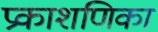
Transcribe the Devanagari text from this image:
प्रकाशणिका